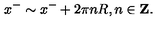
x ^ { - } \sim x ^ { - } + 2 \pi n R , n \in { \bf Z } .